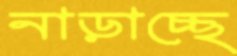
নাড়াচ্ছে